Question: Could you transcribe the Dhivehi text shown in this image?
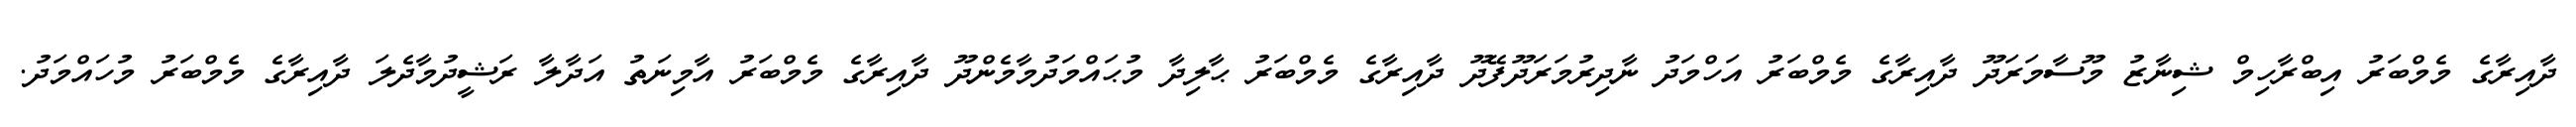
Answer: ދާއިރާގެ މެމްބަރު އިބްރާހިމް ޝިނާޒު މޫސާމަރަދޫ ދާއިރާގެ މެމްބަރު އަހްމަދު ނާދިރުމަރަދޫފޭދޫ ދާއިރާގެ މެމްބަރު ޙާލިދާ މުޙައްމަދުމާމެންދޫ ދާއިރާގެ މެމްބަރު އާމިނަތު އަދާލާ ރަޝީދުމާދެލަ ދާއިރާގެ މެމްބަރު މުހައްމަދު.